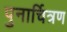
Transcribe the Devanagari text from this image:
पुनार्चित्रण